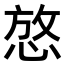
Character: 𪬆